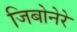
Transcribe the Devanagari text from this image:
जिबोनेरे